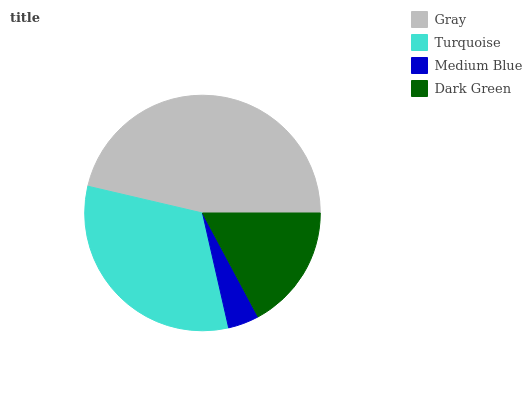
| Gray | Turquoise | Medium Blue | Dark Green |
 | --- | --- | --- | --- |
 | 46.4% | 32.2% | 4.27% | 17.2% |